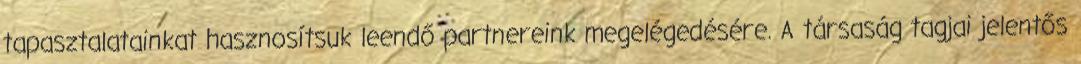
tapasztalatainkat hasznosítsuk leendő partnereink megelégedésére. A társaság tagjai jelentős